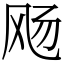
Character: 飏